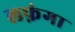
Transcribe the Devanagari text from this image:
लफ़ंगा